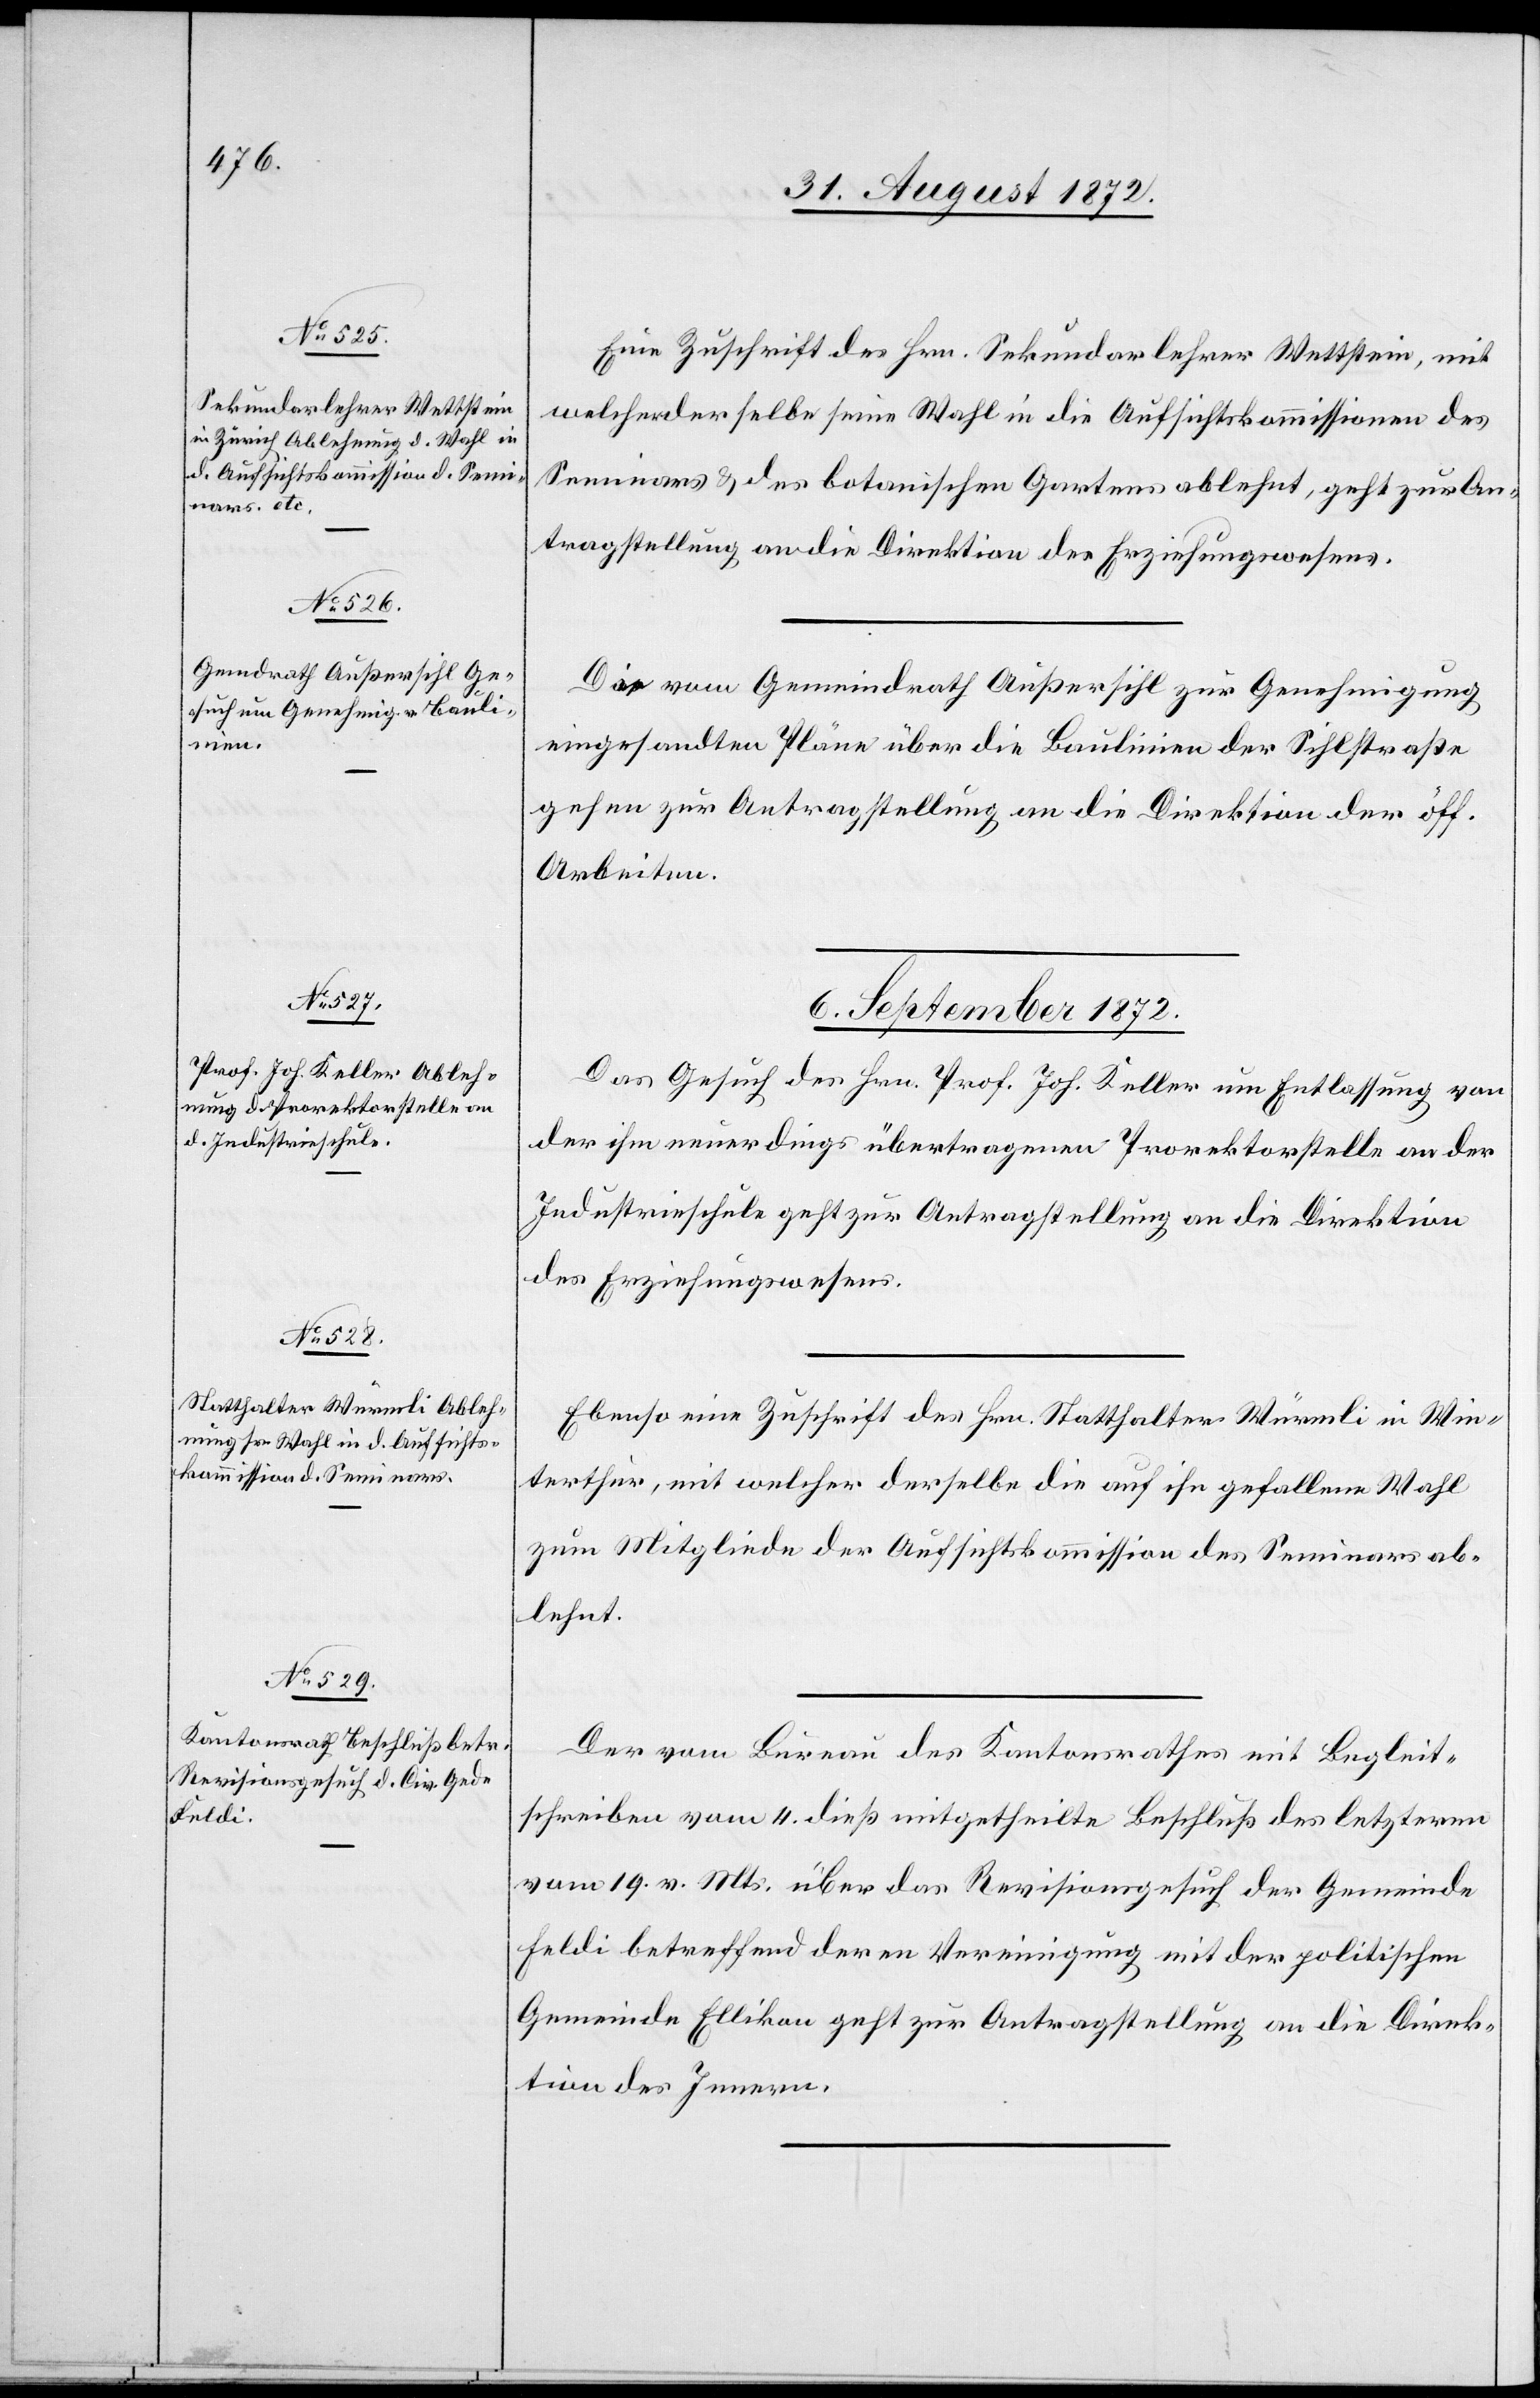
Eine Zuschrift des Hrn. Sekundarlehrer Wettstein, mit
welcher derselbe seine Wahl in die Aufsichtskommissionen des
Seminars u. des botanischen Gartens ablehnt, geht zur An¬
tragstellung an die Direktion des Erziehungswesens.
Die vom Gemeindrath Außersihl zur Genehmigung
eingesandten Pläne über die Baulinien der Sihlstraße
gehen zur Antragstellung an die Direktion der öff.
Arbeiten.
6. September 1872.]
Das Gesuch des Hrn. Prof. Joh. Keller um Entlassung von
der ihm neuerdings übertragenen Prorektorstelle an der
Industrieschule geht zur Antragstellung an die Direktion
des Erziehungswesens.
Ebenso eine Zuschrift des Hrn. Statthalter Würmli in Win¬
terthur, mit welcher derselbe die auf ihn gefallene Wahl
zum Mitgliede der Aufsichtskommission des Seminars ab¬
lehnt.
Der vom Bureau des Kantonsrathes mit Begleit¬
schreiben vom 4. dieß mitgetheilte Beschluß des letzteren
vom 19. v. Mts. über das Revisionsgesuch der Gemeinde
Feldi betreffend deren Vereinigung mit der politischen
Gemeinde Ellikon geht zur Antragstellung an die Direk¬
tion des Innern.